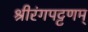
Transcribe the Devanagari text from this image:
श्रीरंगपट्टणम्